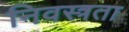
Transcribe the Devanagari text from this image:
निवस्त्रता